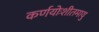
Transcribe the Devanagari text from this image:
कर्णयोःशीतमायु